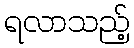
ရလာသည့်